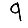
Digit: 9